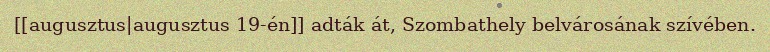
[[augusztus|augusztus 19-én]] adták át, Szombathely belvárosának szívében.